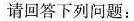
请回答下列问题：